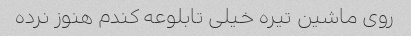
روی ماشین تیره خیلی تابلوعه کندم هنوز نرده